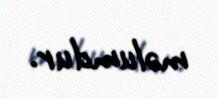
məlumdur.